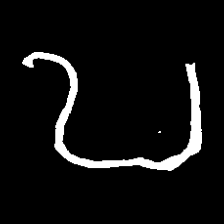
Pyu character \u2014 Myanmar letter: ဎ (romanized: ddha)